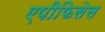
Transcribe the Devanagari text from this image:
एपीफिसेस